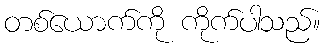
တစ်ယောက်ကို ကိုက်ပါသည်။